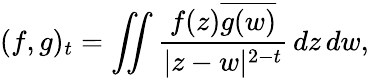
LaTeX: (f,g)_{t}=\iint{\frac{f(z){\overline{{g(w)}}}}{|z-w|^{2-t}}}\, dz\, dw,